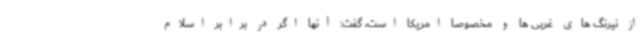
از نیرنگ های غربی ها و مخصوصا امریکا است، گفت: آنها اگر در برابر اسلام